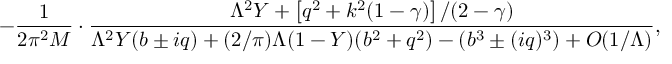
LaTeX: - \frac { 1 } { 2 \pi ^ { 2 } { \cal M } } \cdot \frac { \Lambda ^ { 2 } Y + \left[ q ^ { 2 } + k ^ { 2 } ( 1 - \gamma ) \right] / ( 2 - \gamma ) } { \Lambda ^ { 2 } Y ( b \pm i q ) + ( 2 / \pi ) \Lambda ( 1 - Y ) ( b ^ { 2 } + q ^ { 2 } ) - \left( b ^ { 3 } \pm ( i q ) ^ { 3 } \right) + O ( 1 / \Lambda ) } ,